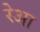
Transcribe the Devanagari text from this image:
रेआ